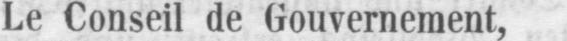
Le Conseil de Gouvernement,